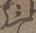
三